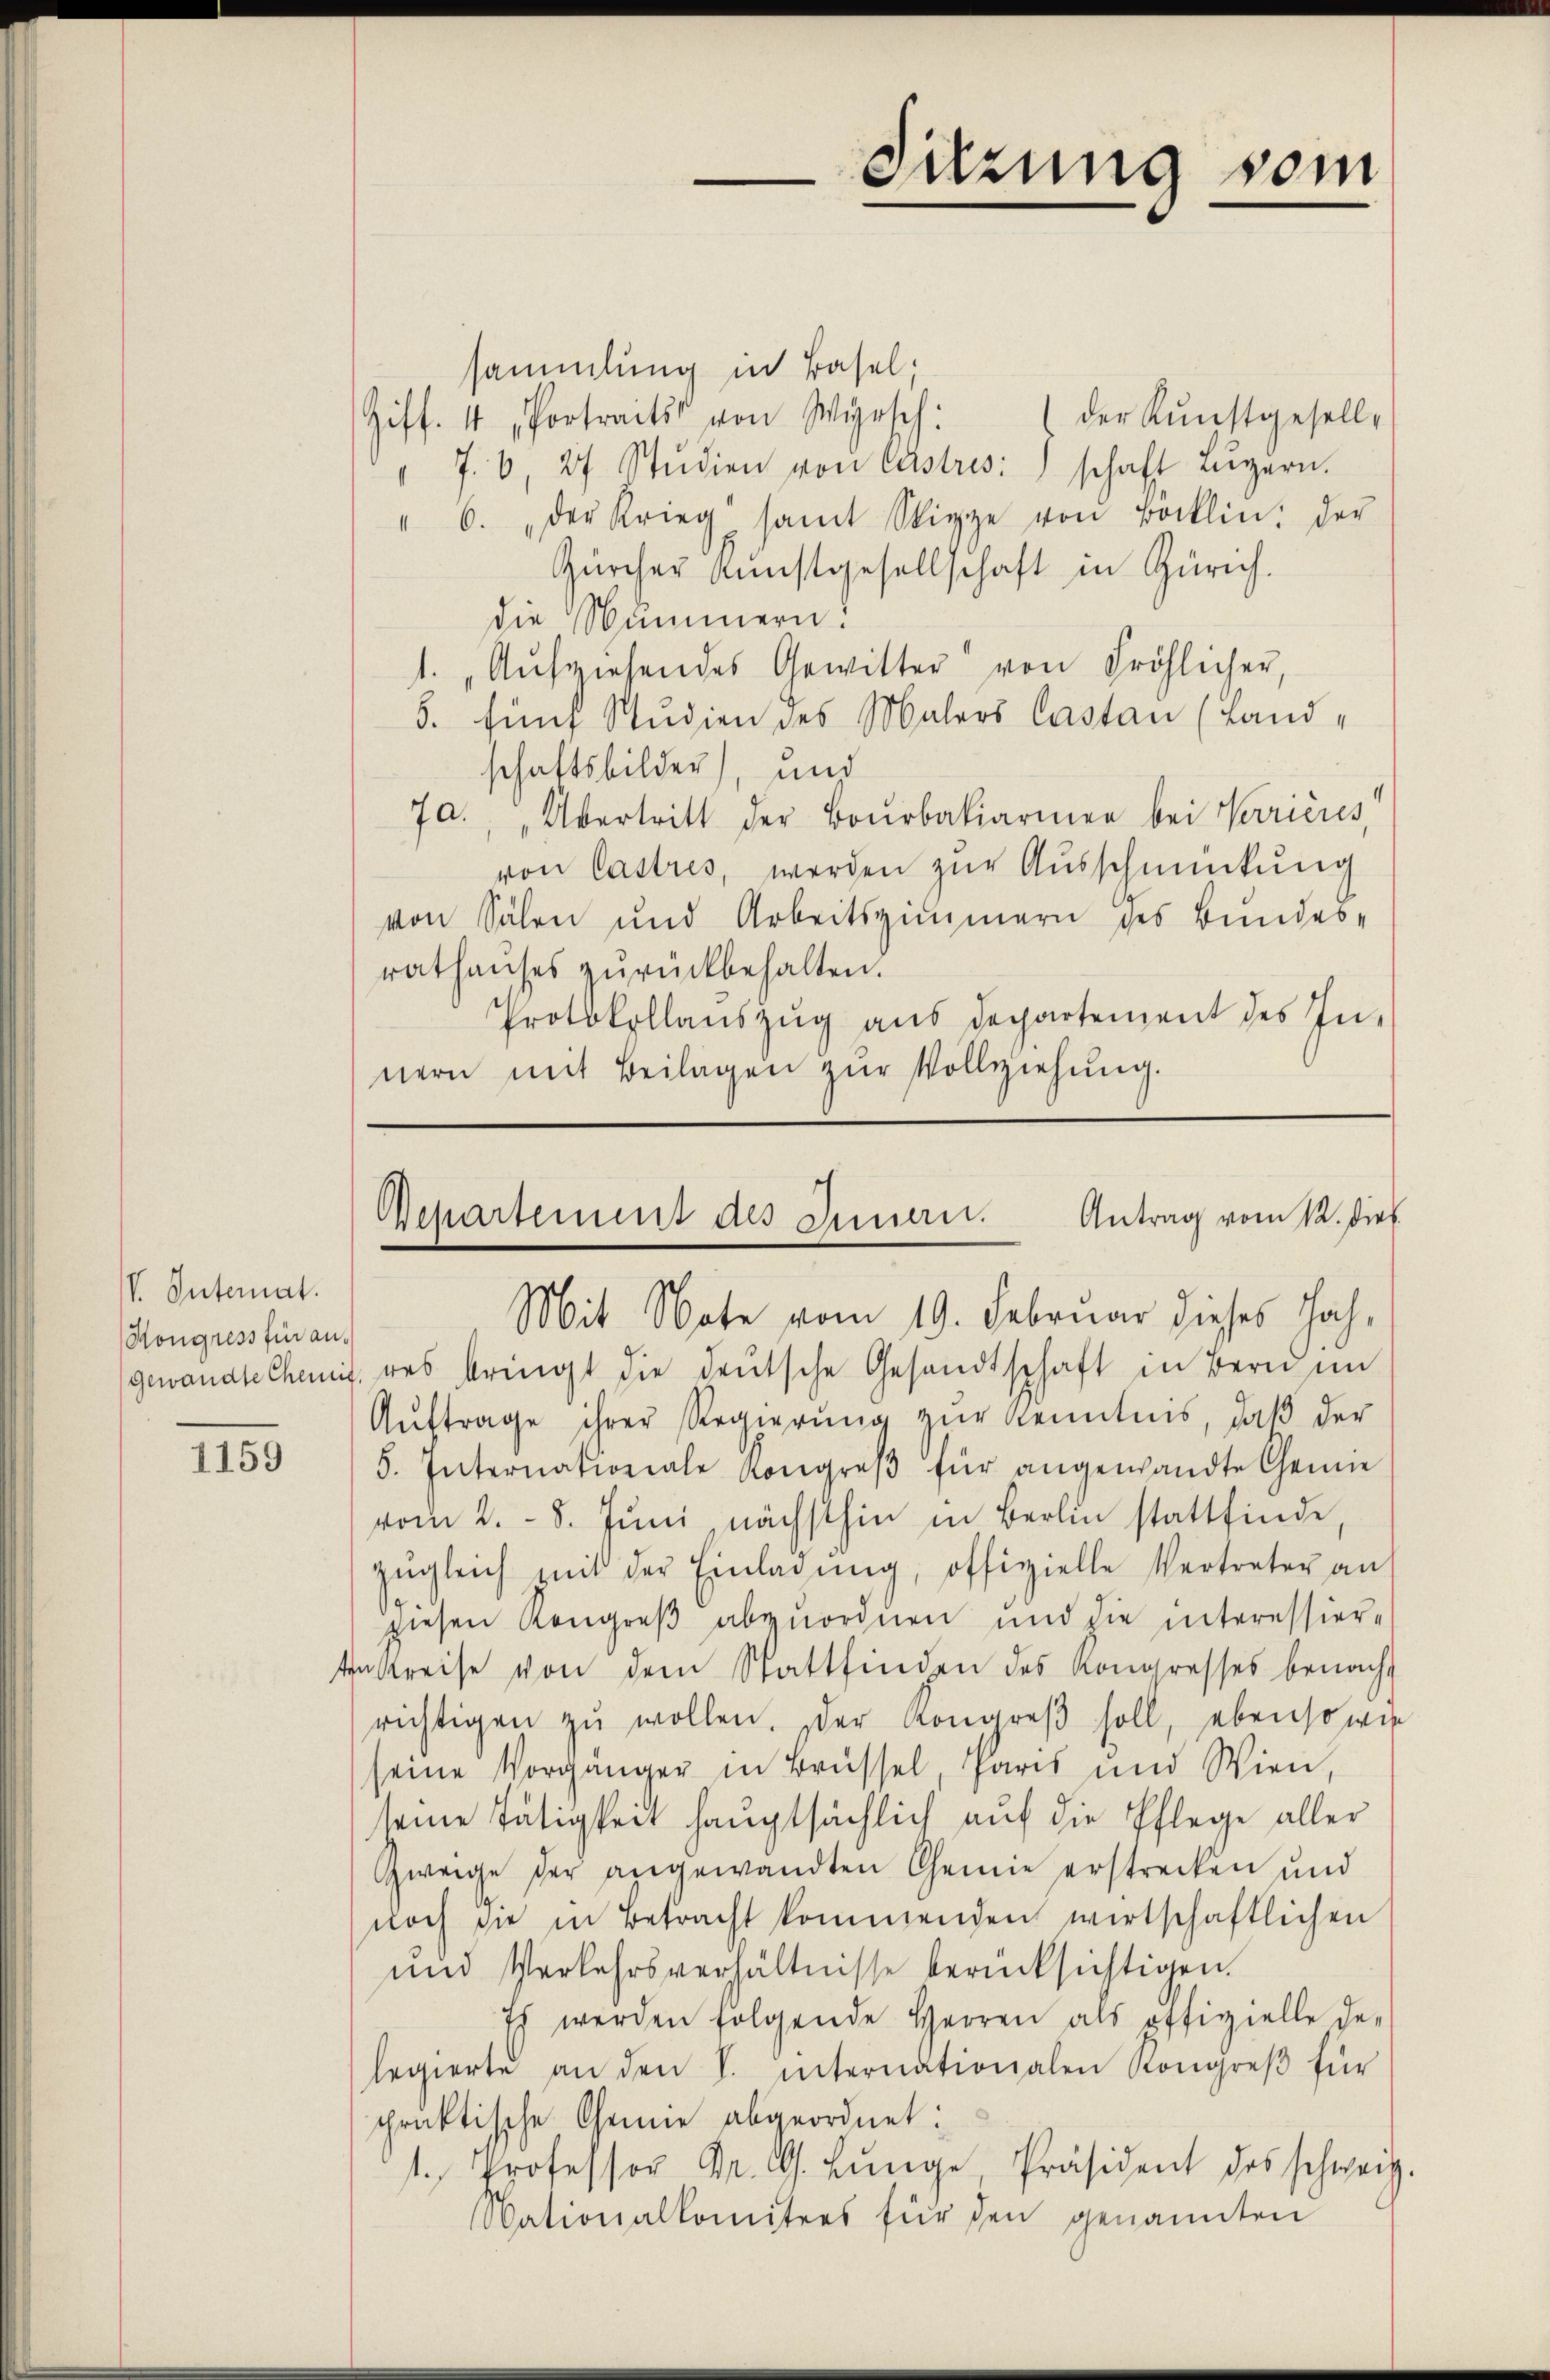
V. Internat.
Hongress für an.

1159

Sitzung vom

sammlung in Basel.
(der Kunstgesell-
Ziff. 4 Portraits von Wygesch:
" 7. 6, 27 Stŭdien von Castres.) schaft Lŭgern.
" 6. der Krieg samt Stippe von Böcklin, der
Zürcher Kunstgesellschaft in Zürich.
die Nummern!
1. „Aŭfziehendes Gewitter von Fröhlicher,
5. fünf Studien des Malers Castan (Landschaftsbilder), und
7a. „Übertritt der Bourbakiarinen bei Verrieres,
von Castres, werden zur Ausschmückung
von Sälen und Arbeitszimmern des Bundes-
rathaŭses zŭrückbehalten.
Protokollauszug aus Departement des Innern mit Beilagen zur Vollziehung.

Departement des Innen. Antrag vom 12. dies

Mit Note vom 19. Februar dieses Jah-
gewandte Chanis des bringt die deŭtsche Gesandtschaft in Bern im
Aŭftrage ihrer Regierŭng zŭr Kenntnis, daβ der
5. Internationale Kongreβ für angewandte Chemie
vom 2. - 8. Juni nächsthin in Berlin stattfinde
zŭgleich mit der Einladŭng, offizielle Vertreter an
diesen Kongreß abzuordnen und die interessiertukreise von dem Stattfinden des Kongresses benach-
richtigen zŭ wollen. Der Kongreß soll, ebenso wie
seine Vorgänger in Brüssel, Paris und Wien,
seine Tätigkeit hauptsächlich auf die Pflege aller
weige der angewandten Chemie erstrecken und
noch sie in Betracht kommenden wirtschaftlichen
und Verkehrsverhältnisse berücksichtigen.
Es werden folgende Herren als offizielle de-
legierte an den V. internationalen Kongreβ für
praktische Chemie abgeordnet:
1. Professor Dr. G. Lŭnge Präsident des schweiz.
Alationalkomitees für den genannten